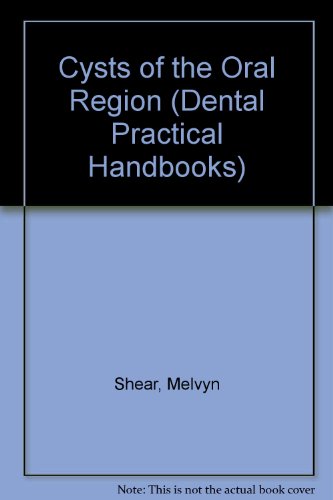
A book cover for Cysts of the Oral Region (Dental Practical Handbooks); Melvyn Shear; Medical Books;